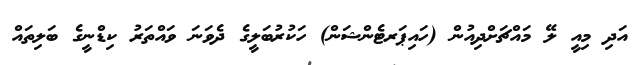
އަދި މިއީ ލޭ މައްޗަށްދިއުން (ހައިޕަރޓެންޝަން) ހަކުރުބަލީގެ ދެވަނަ ވައްތަރު ކިޑްނީގެ ބަލިތައް